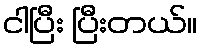
ငါပြီး ပြီးတယ်။